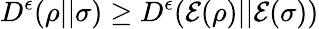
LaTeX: D^{\epsilon}(\rho||\sigma)\geq D^{\epsilon}({\mathcal{E}}(\rho)||{\mathcal{E}}(\sigma))